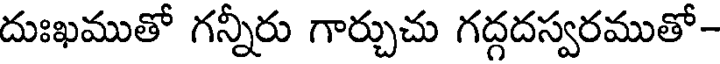
దుఃఖముతో గన్నీరు గార్చుచు గద్దదస్వరముతో-